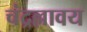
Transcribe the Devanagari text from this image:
चंद्रल्लावय